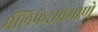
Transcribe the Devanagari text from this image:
मॅलिफेराप्रमाणे